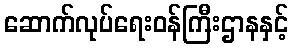
ဆောက်လုပ်ရေးဝန်ကြီးဌာနနှင့်